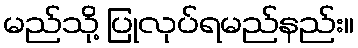
မည်သို့ ပြုလုပ်ရမည်နည်း။